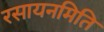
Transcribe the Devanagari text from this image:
रसायनमिति